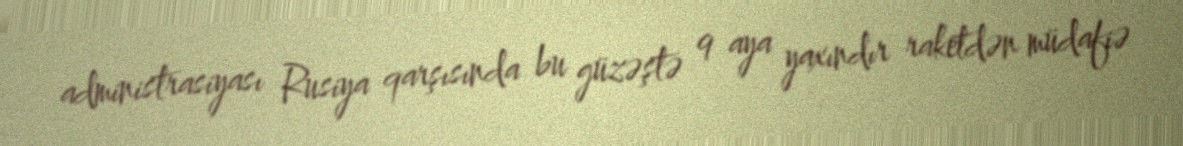
administrasiyası Rusiya qarşısında bu güzəştə 9 aya yaxındır raketdən müdafiə